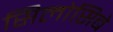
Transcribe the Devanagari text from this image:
सिलोसिबे